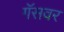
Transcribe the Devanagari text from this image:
गॅसवर